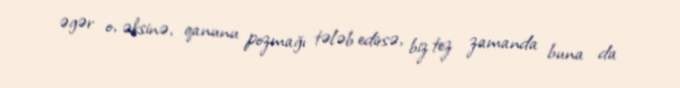
əgər o, əksinə, qanunu pozmağı tələb edirsə, biz tez zamanda buna da